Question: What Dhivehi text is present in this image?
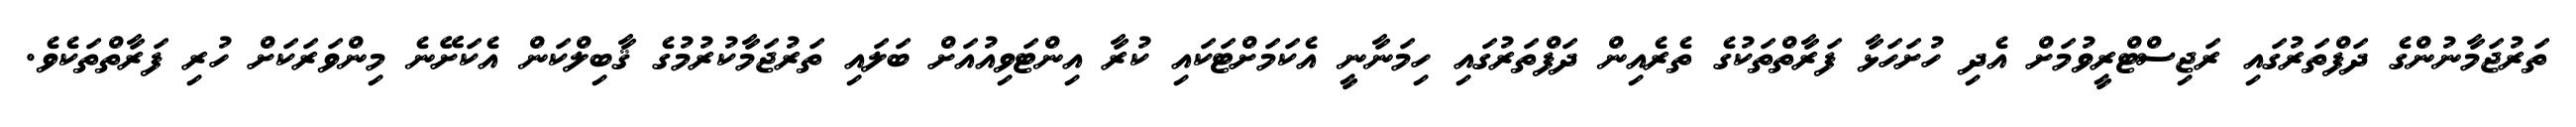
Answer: ތަރުޖަމާނުންގެ ދަފްތަރުގައި ރަޖިސްޓްރީވުމަށް އެދި ހުށަހަޅާ ފަރާތްތަކުގެ ތެރެއިން ދަފްތަރުގައި ހިމަނާނީ އެކަމަށްޓަކައި ކުރާ އިންޓަވިއުއަށް ބަލައި ތަރުޖަމާކުރުމުގެ ޤާބިލްކަން އެކަށޭނެ މިންވަރަކަށް ހުރި ފަރާތްތަކެވެ.